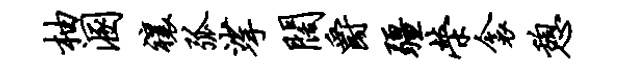
柚溷禳弧挲阔爵疆荣衾憩